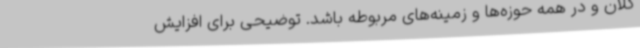
کلان و در همه حوزه‌ها و زمینه‌های مربوطه باشد. توضیحی برای افزایش